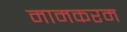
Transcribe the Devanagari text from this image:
मामकरम